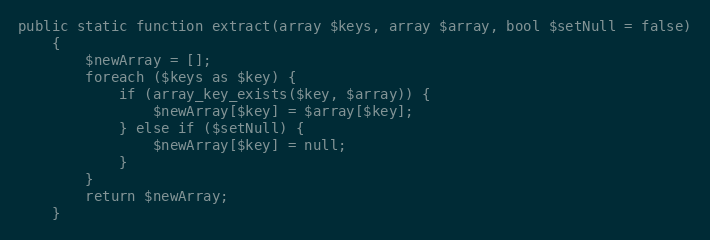
Language: PHP
public static function extract(array $keys, array $array, bool $setNull = false)
    {
        $newArray = [];
        foreach ($keys as $key) {
            if (array_key_exists($key, $array)) {
                $newArray[$key] = $array[$key];
            } else if ($setNull) {
                $newArray[$key] = null;
            }
        }
        return $newArray;
    }